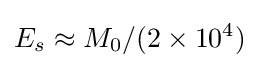
E_{s}\approx M_{0}/(2\times 10^{4})